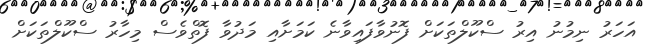
އަހަރު ނިމުނު އިރު ސްކޫލްތަކަށް ފޮނުވާފައިވާނެ ކަމަށާއި މަދުވާ ފޮތްވެސް މިހާރު ސްކޫލްތަކަށް